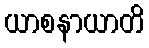
ယာစနာယာတိ